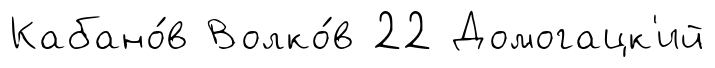
Кабано́в Волко́в 22 Домогацк'ий